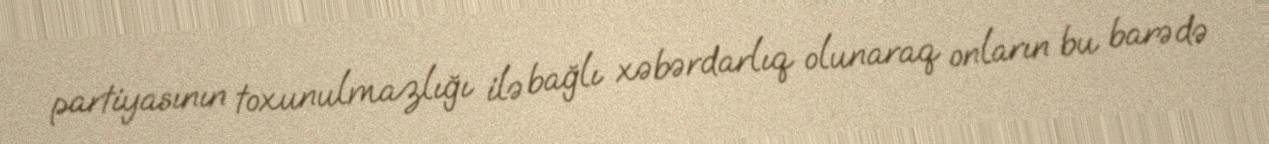
partiyasının toxunulmazlığı ilə bağlı xəbərdarlıq olunaraq onların bu barədə